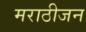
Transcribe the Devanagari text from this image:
मराठीजन